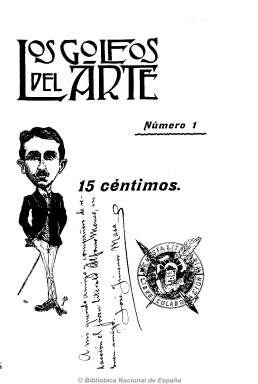
Título: Los Golfos del arte
Colección: Literatura
Ámbito geográfico: Madrid
Lugar de publicación: Madrid
Fechas: 01/11/1907-18/02/1908

Con el subtítulo “revista quincenal literaria”, aparece el uno de noviembre de 1907 en entregas de veinte páginas y compuesta a dos columnas. Sus artífices la calificaron de modesta, en donde colaborarían jóvenes desconocidos en la república de las letras y la artes pero que, siguiendo las palabras de Benito Pérez Galdós, adoptaban el lema “paciencia y voluntad”. Por la misma época existe un grupo de aficionados al teatro en Madrid que organizarán representaciones teatrales, entre ellas varias de los hermanos Quintero.

La portada de cada número la ocupa una caricatura de cada uno de estos jóvenes promesas del arte, obra del dibujante Cele, autor también de otros dibujos en el interior de la publicación, consagrada principalmente a textos de creación literaria en prosa y en verso, pero también a breves crónicas y notas sobre la actualidad cultural, teatral e, incluso, alguna cinematográfica.

Entre las firmas que aparecen se encuentran la de José Jiménez Masa, probablemente el responsable de la revista, así como Alfonso Moneo, José Santos Chocano, Eladio F. Egocheaga, A. Rodríguez, Manuel Fernández, Mariano Parra-Cañas, Luis Ramos Sánchez, Carlos Rigodón, Julio Mur y Suárez y Luis Céspedes, entre otros. También aparecen algunos seudónimos, como el de Colombine, atribuido a la escritora, periodista y feminista Carmen de Burgos (1867-1932).

La publicación debió tener un corto recorrido hasta su desaparición al año siguiente. Su colección, incompleta, fue adquirida por la Biblioteca Nacional de España en 2005 y varias de las portadas de sus números llevan dedicatorias manuscritas, como su segunda entrega, que está repetida en la colección y que cada ejemplar de la misma lleva diferente dedicatoria; además de correcciones caligráficas al texto tipográfico, estilo que utilizan también para estampar la firma de sus colaboradores.